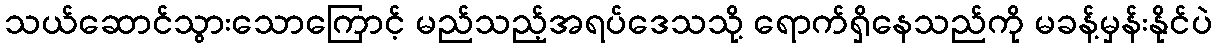
သယ်ဆောင်သွားသောကြောင့် မည်သည့်အရပ်ဒေသသို့ ရောက်ရှိနေသည်ကို မခန့်မှန်းနိုင်ပဲ